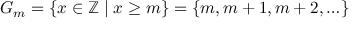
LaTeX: G _ { m } = \{ x \in \mathbb { Z } \mid x \geq m \} = \{ m , m + 1 , m + 2 , \ldots \}